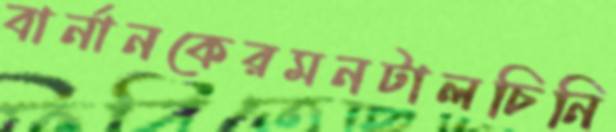
বার্নানকেরমনটালচিনি